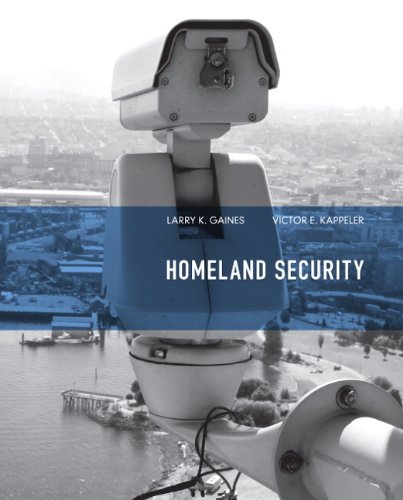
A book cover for Homeland Security; Larry K. Gaines; Law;